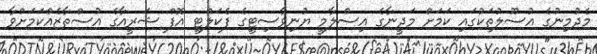
މެދުމިނުގެ އުސޫލުތަކުގައި ކަމަށް މަދީނާގެ އިސްލާމީ ޔުނިވާސިޓީގެ ފެކަލްޓީ އޮފް ޝަރީއާގެ އުސްތާޒެއްކަމަށްވާ